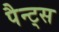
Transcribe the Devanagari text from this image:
पैन्ट्स